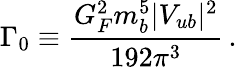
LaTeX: \Gamma_{0}\equiv\frac{G_{F}^{2}m_{b}^{5}|V_{ub}|^{2}}{192\pi^{3}}\, .